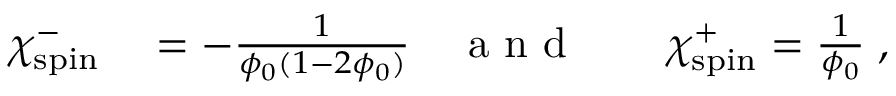
\begin{array} { r l r l r } { \chi _ { \mathrm { s p i n } } ^ { - } } & { { } = - \frac { 1 } { \phi _ { 0 } ( 1 - 2 \phi _ { 0 } ) } } & { \mathrm { ~ a ~ n ~ d ~ } } & { { } } & { \chi _ { \mathrm { s p i n } } ^ { + } = \frac { 1 } { \phi _ { 0 } } \; , } \end{array}